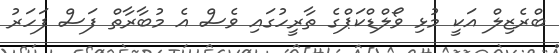
ބްރެޒިލް އަކީ މުޅި ވޯލްޑްކަޕްގެ ތާރީހުގައި ވެސް އެ މުބާރާތް ފަސް ފަހަރު